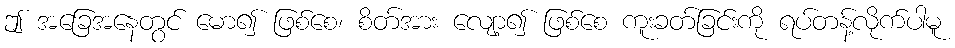
ဤ အခြေအနေတွင် မော၍ ဖြစ်စေ၊ စိတ်အား လျော့၍ ဖြစ်စေ ကူးခတ်ခြင်းကို ရပ်တန့်လိုက်ပါမူ